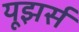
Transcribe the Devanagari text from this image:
यूझर्स